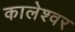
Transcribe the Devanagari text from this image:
कालेश्‍वर